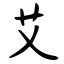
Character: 艾